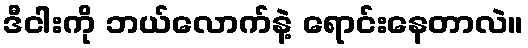
ဒီငါးကို ဘယ်လောက်နဲ့ ရောင်းနေတာလဲ။